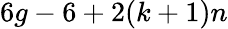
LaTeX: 6g-6+2(k+1)n